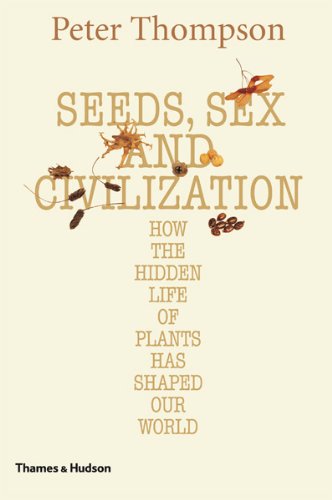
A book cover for Seeds, Sex, and Civilization: How the Hidden Life of Plants Has Shaped Our World; Peter Thompson; Science & Math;